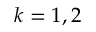
k = 1 , 2